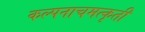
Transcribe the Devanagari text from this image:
कल्पनाचमत्कृती